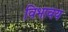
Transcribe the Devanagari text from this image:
विभावय